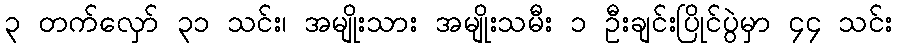
၃ တက်လှော် ၃၁ သင်း၊ အမျိုးသား အမျိုးသမီး ၁ ဦးချင်းပြိုင်ပွဲမှာ ၄၄ သင်း